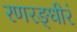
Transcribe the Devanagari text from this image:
रणरङ्धीरं